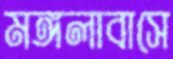
মঙ্গলাবাসে